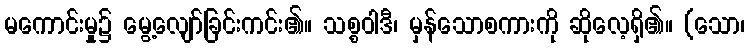
မကောင်းမှု၌ မွေ့လျော်ခြင်းကင်း၏။ သစ္စဝါဒီ၊ မှန်သောစကားကို ဆိုလေ့ရှိ၏။ (သော၊